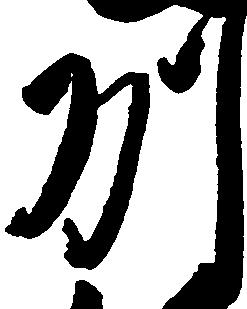
州